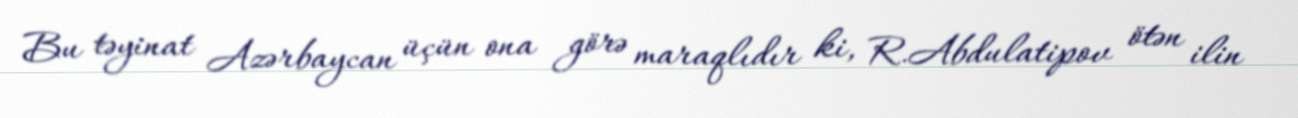
Bu təyinat Azərbaycan üçün ona görə maraqlıdır ki, R.Abdulatipov ötən ilin